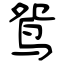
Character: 鸳